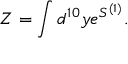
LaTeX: Z = \int d ^ { 1 0 } y e ^ { S ^ { ( 1 ) } } .